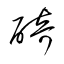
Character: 碕